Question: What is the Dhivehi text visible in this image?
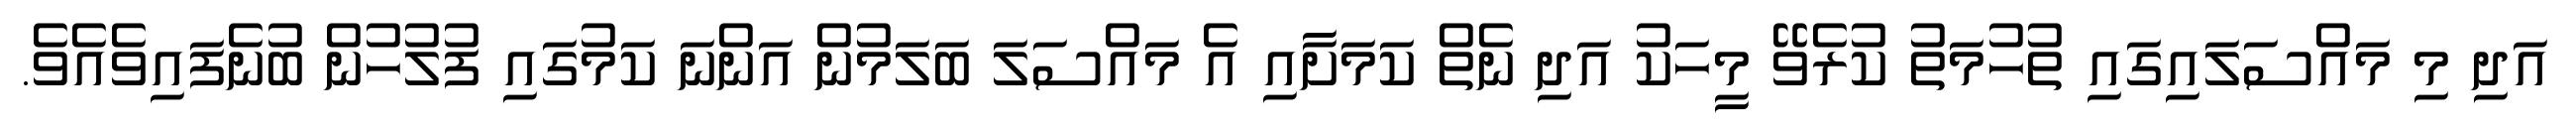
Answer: އަދި މި މައްސަލައިގައި ތުހުމަތު ކުރެވޭ މީހަކު އަދި ނެތް ކަމަށާއި އެ މައްސަލަ ބަލަމުން އަންނަ ކަމުގައި ފުލުހުން ބުނެފައިވެއެވެ.